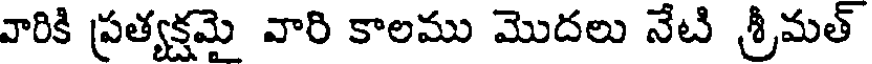
వారికి ప్రత్యక్షమై వారి కాలము మొదలు నేటి శ్రీమత్